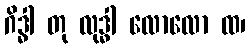
ဂိဒ္ဓါ တု လုဒ္ဓါ လောလော ထ၊